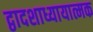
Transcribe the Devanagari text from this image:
द्वादशाध्यायात्मक